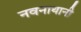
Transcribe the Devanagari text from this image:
नवनाथानी